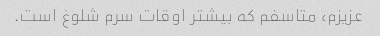
عزیزم، متاسفم که بیشتر اوقات سرم شلوغ است.